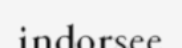
indorsee